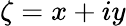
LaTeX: \zeta=x+iy